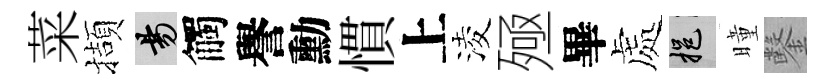
菜擷昜觸譽勳慣上淩殛畢處挹曈鑿